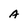
Character: A